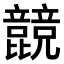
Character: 𣬙